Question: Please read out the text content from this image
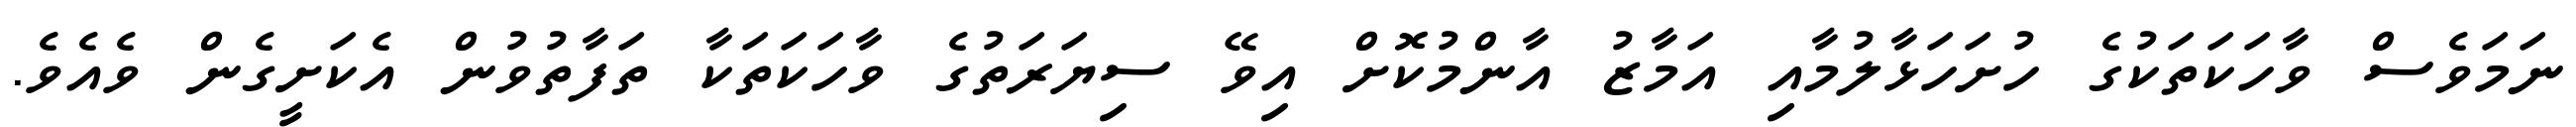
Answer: ނަމަވެސް ވާހަކަތަކުގެ ހުށަހަޅާލުމާއި އަމާޒު އާންމުކޮށް އިވޭ ސިޔަރަތުގެ ވާހަކަތަކާ ތަފާތުވުން އެކަށީގެން ވެއެވެ.